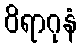
ဝိရာဂုနံ